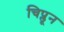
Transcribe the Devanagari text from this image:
चिप्लून